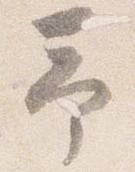
予